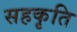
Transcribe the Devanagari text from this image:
सहकृति